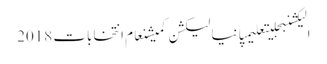
الیکشنبجلیتعلیمپانیالیکشن کمیشنعام انتخابات 2018